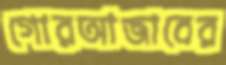
গোরআজাবের